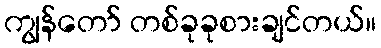
ကျွန်တော် တစ်ခုခုစားချင်တယ်။